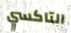
التاكسي